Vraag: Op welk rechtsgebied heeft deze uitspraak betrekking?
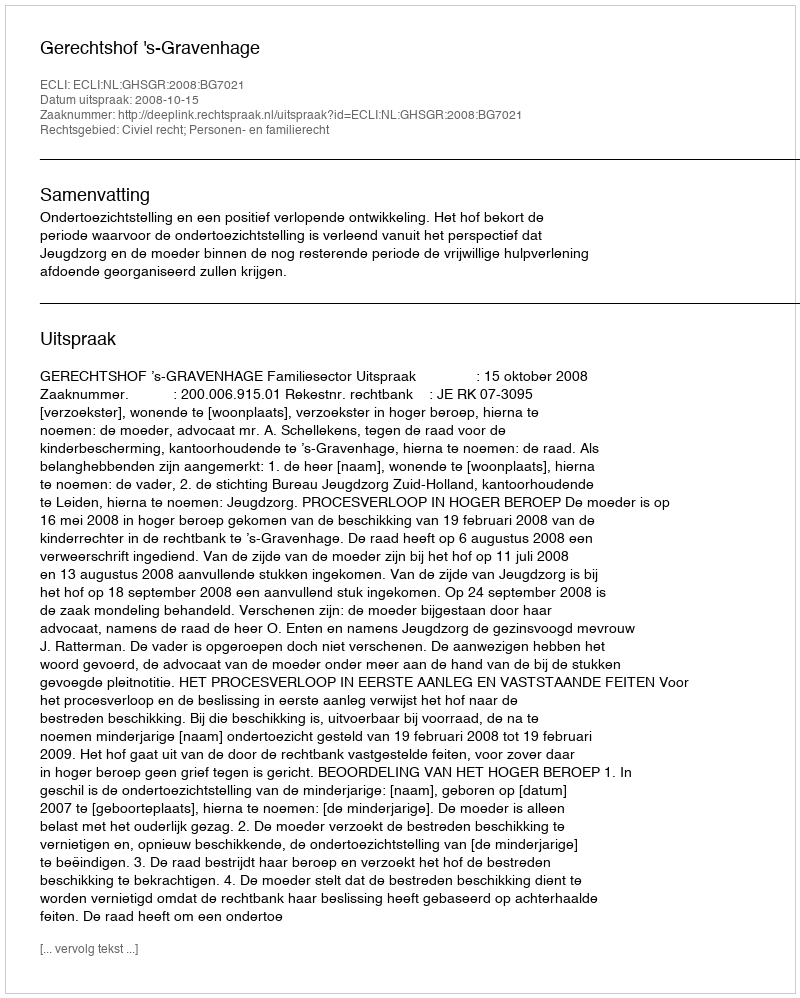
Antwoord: Civiel recht; Personen- en familierecht